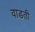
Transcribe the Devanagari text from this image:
वाडती